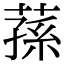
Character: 蓀